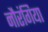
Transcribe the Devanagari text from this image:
नौरंगिया